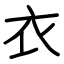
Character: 衣